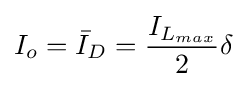
I_{o}={\bar {I}}_{D}={\frac {I_{L_{max}}}{2}}\delta